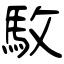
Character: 駇